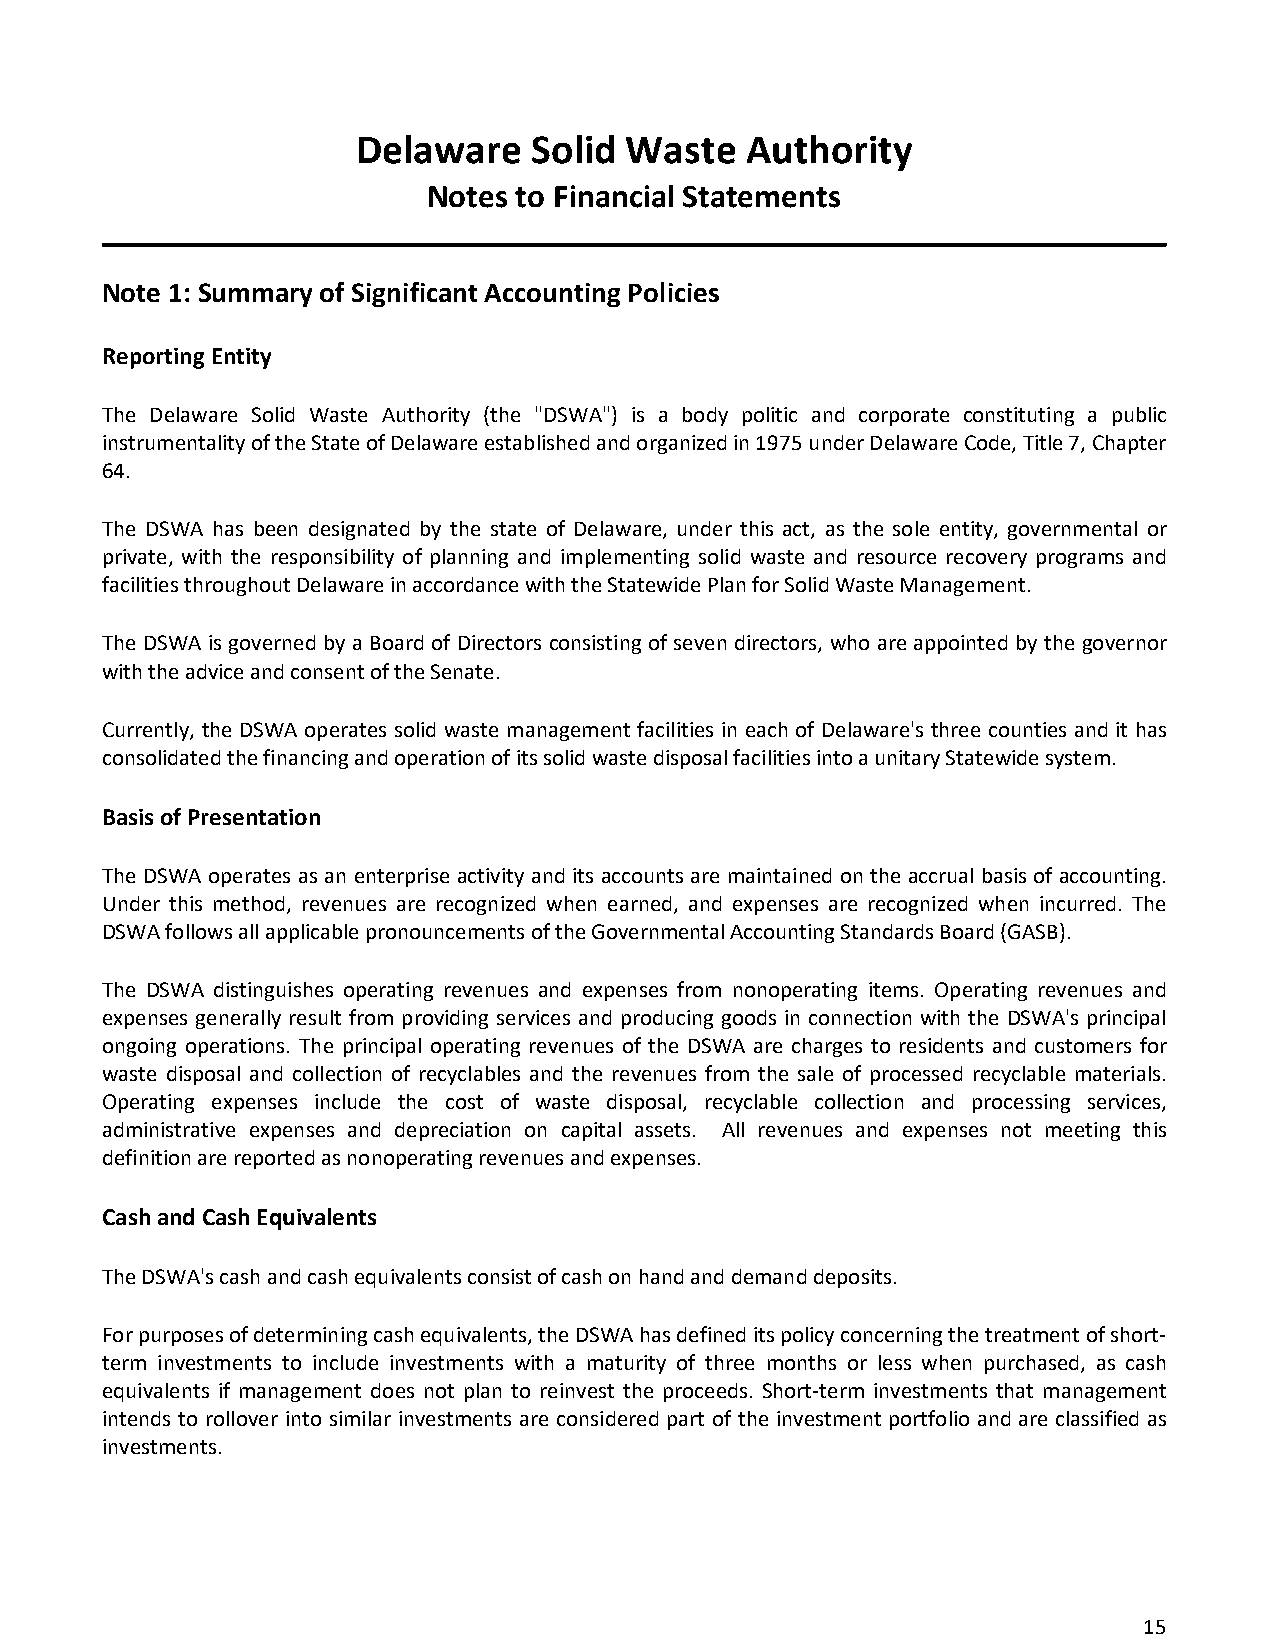
Delaware   Solid Waste   Authority
 Notes to Financial Statements
 Note 1: Summary of Significant Accounting Policies
 Reporting Entity
 The Delaware Solid Waste Authority (the "DSWA") is a body politic and corporate constituting a public
 instrumentality of the State of Delaware established and organized in 1975 under Delaware Code, Title 7, Chapter
 64.
 The DSWA has been designated by the state of Delaware, under this act, as the sole entity, governmental or
 private, with the responsibility of planning and implementing solid waste and resource recovery programs and
 facilities throughout Delaware in accordance with the Statewide Plan for Solid Waste Management.
 The DSWA is governed by a Board of Directors consisting of seven directors, who are appointed by the governor
 with the advice and consent of the Senate.
 Currently, the DSWA operates solid waste management facilities in each of Delaware's three counties and it has
 consolidated the financing and operation of its solid waste disposal facilities into a unitary Statewide system.
 Basis of Presentation
 The DSWA operates as an enterprise activity and its accounts are maintained on the accrual basis of accounting.
 Under this method, revenues are recognized when earned, and expenses are recognized when incurred. The
 DSWA follows all applicable pronouncements of the Governmental Accounting Standards Board (GASB).
 The DSWA distinguishes operating revenues and expenses from nonoperating items. Operating revenues and
 expenses generally result from providing services and producing goods in connection with the DSWA's principal
 ongoing operations. The principal operating revenues of the DSWA are charges to residents and customers for
 waste disposal and collection of recyclables and the revenues from the sale of processed recyclable materials.
 Operating expenses include the cost of waste disposal, recyclable collection and processing services,
 administrative expenses and depreciation on capital assets. All revenues and expenses not meeting this
 definition are reported as nonoperating revenues and expenses.
 Cash and Cash Equivalents
 The DSWA's cash and cash equivalents consist of cash on hand and demand deposits.
 For purposes of determining cash equivalents, the DSWA has defined its policy concerning the treatment of short-
 term investments to include investments with a maturity of three months or less when purchased, as cash
 equivalents if management does not plan to reinvest the proceeds. Short-term investments that management
 intends to rollover into similar investments are considered part of the investment portfolio and are classified as
 investments.
 15